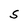
Character: S